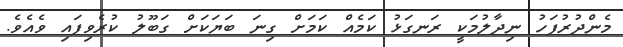
މެންދުރުފަހު ނިދާލުމަކީ ރަނގަޅު ކަމެއް ކަމަށް ގިނަ ބަޔަކަށް ގަބޫލު ކުރެވިފައި ވެއެވެ.